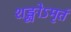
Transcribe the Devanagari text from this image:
शङ्खोऽमृतं